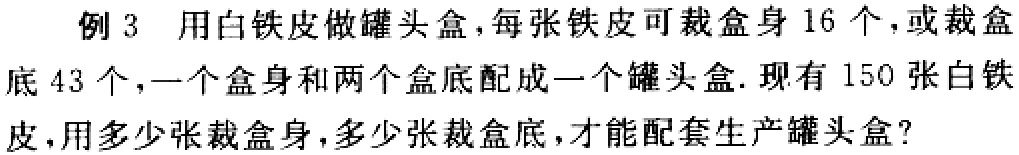
例 3 用白铁皮做罐头盒，每张铁皮可裁盒身 16 个，或裁盒底 43 个，一个盒身和两个盒底配成一个罐头盒. 现有 150 张白铁皮，用多少张裁盒身，多少张裁盒底，才能配套生产罐头盒?